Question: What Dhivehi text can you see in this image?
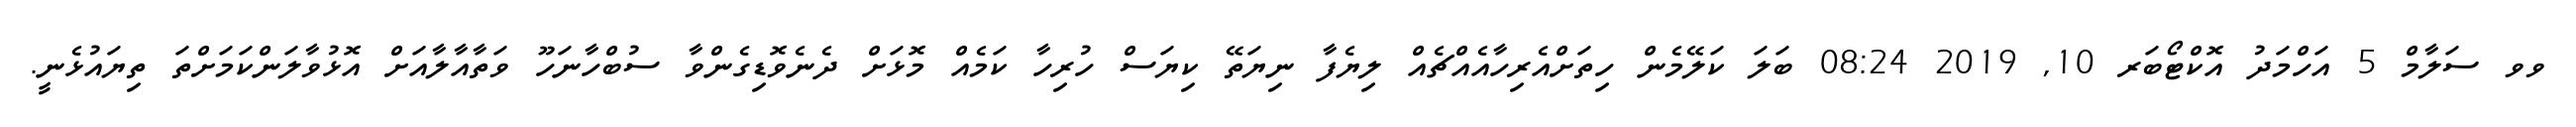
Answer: ވވ ސަލާމް 5 އަހްމަދު އޮކްޓޯބަރ 10, 2019 08:24 ބަލަ ކަލޭމެން ހިތަށްއެރިހާއެއްޗެއް ލިޔެފާ ނިޔަތޭ ކިޔަސް ހުރިހާ ކަމެއް މޮޅަށް ދެނެވޮޑިގެންވާ ސުބްހާނަހޫ ވަތާއާލާއަށް އޮޅުވާލަންކަމަށްތަ ތިޔައުޅެނީ.